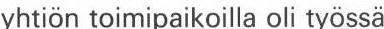
yhtiön toimipaikoilla oli työssa